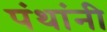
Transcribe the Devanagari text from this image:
पंथांनी